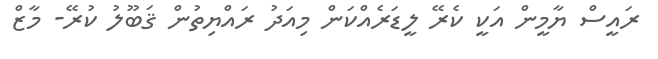
ރައީސް ޔާމީން އަކީ ކެރޭ ލީޑަރެއްކަން މިއަދު ރައްޔިތުން ޤަބޫލު ކުރޭ- މާޒް